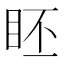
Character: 𥅊